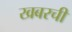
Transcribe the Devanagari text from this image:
खबरची